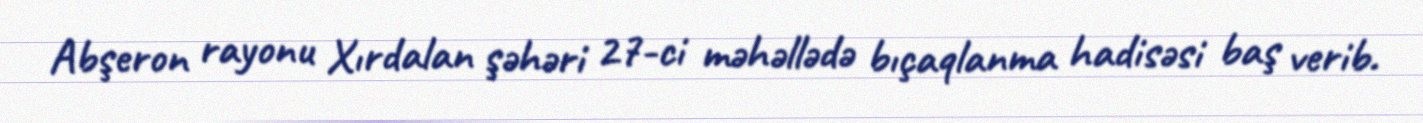
Abşeron rayonu Xırdalan şəhəri 27-ci məhəllədə bıçaqlanma hadisəsi baş verib.